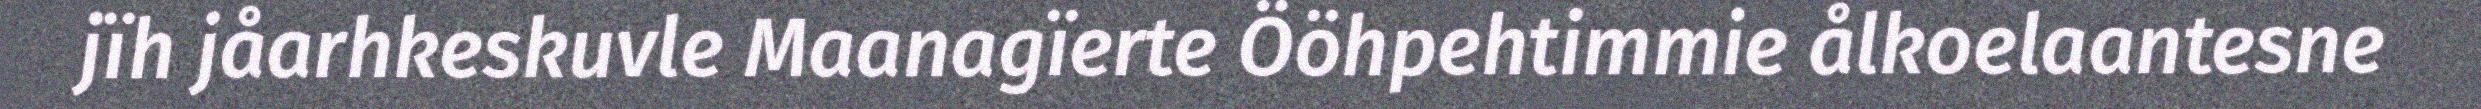
jïh jåarhkeskuvle Maanagïerte Ööhpehtimmie ålkoelaantesne